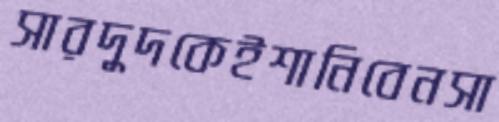
সারদুদকেইশানিবেনসা